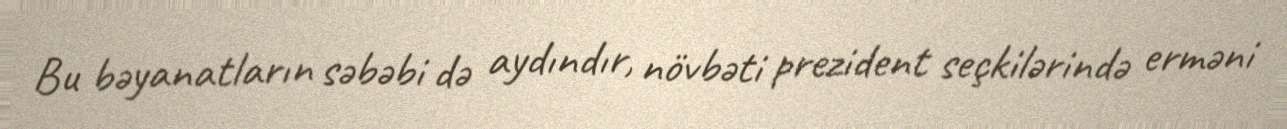
Bu bəyanatların səbəbi də aydındır, növbəti prezident seçkilərində erməni